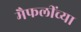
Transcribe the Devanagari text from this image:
मैफलींच्या